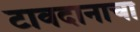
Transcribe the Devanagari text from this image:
टावदानाचा